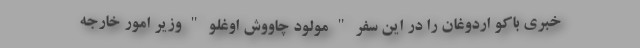
خبری باکو اردوغان را در این سفر " مولود چاووش اوغلو " وزیر امور خارجه